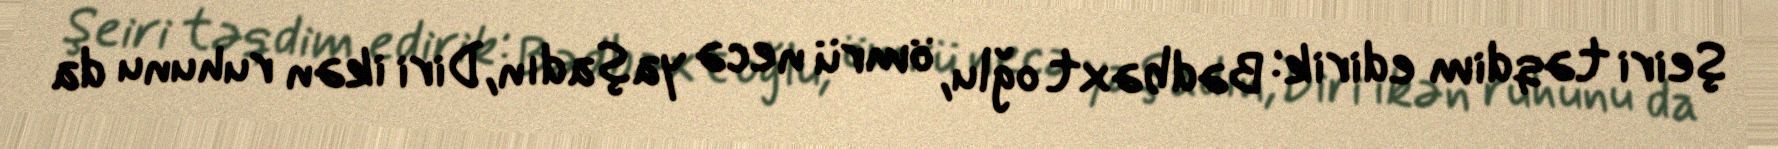
Şeiri təqdim edirik: Bədbəxt oğlu, ömrü necə yaşadın,Diri ikən ruhunu da